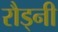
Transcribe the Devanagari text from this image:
रौड्नी